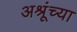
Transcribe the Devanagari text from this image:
अश्रूंच्या